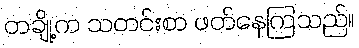
တချို့က သတင်းစာ ဖတ်နေကြသည်။